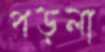
পড়লা